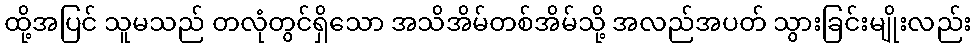
ထို့အပြင် သူမသည် တလုံတွင်ရှိသော အသိအိမ်တစ်အိမ်သို့ အလည်အပတ် သွားခြင်းမျိုးလည်း